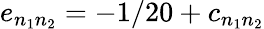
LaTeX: e_{n_{1}n_{2}}=-1/20+c_{n_{1}n_{2}}